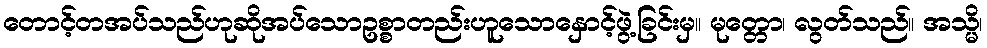
တောင့်တအပ်သည်ဟုဆိုအပ်သောဥစ္စာတည်းဟူသောနှောင့်ဖွဲ့ခြင်းမှ။ မုတ္တော၊ လွတ်သည်။ အသ္မိ၊